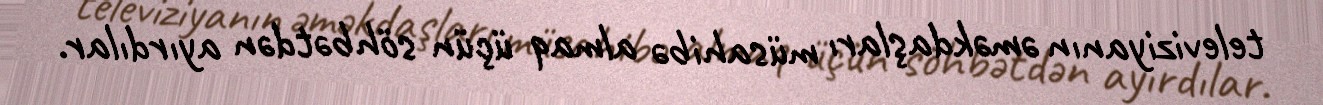
televiziyanın əməkdaşları müsahibə almaq üçün söhbətdən ayırdılar.